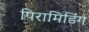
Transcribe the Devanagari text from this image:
पिरामिडिंग